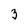
Character: 3